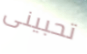
تحبينى